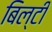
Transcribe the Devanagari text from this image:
बिल्टी